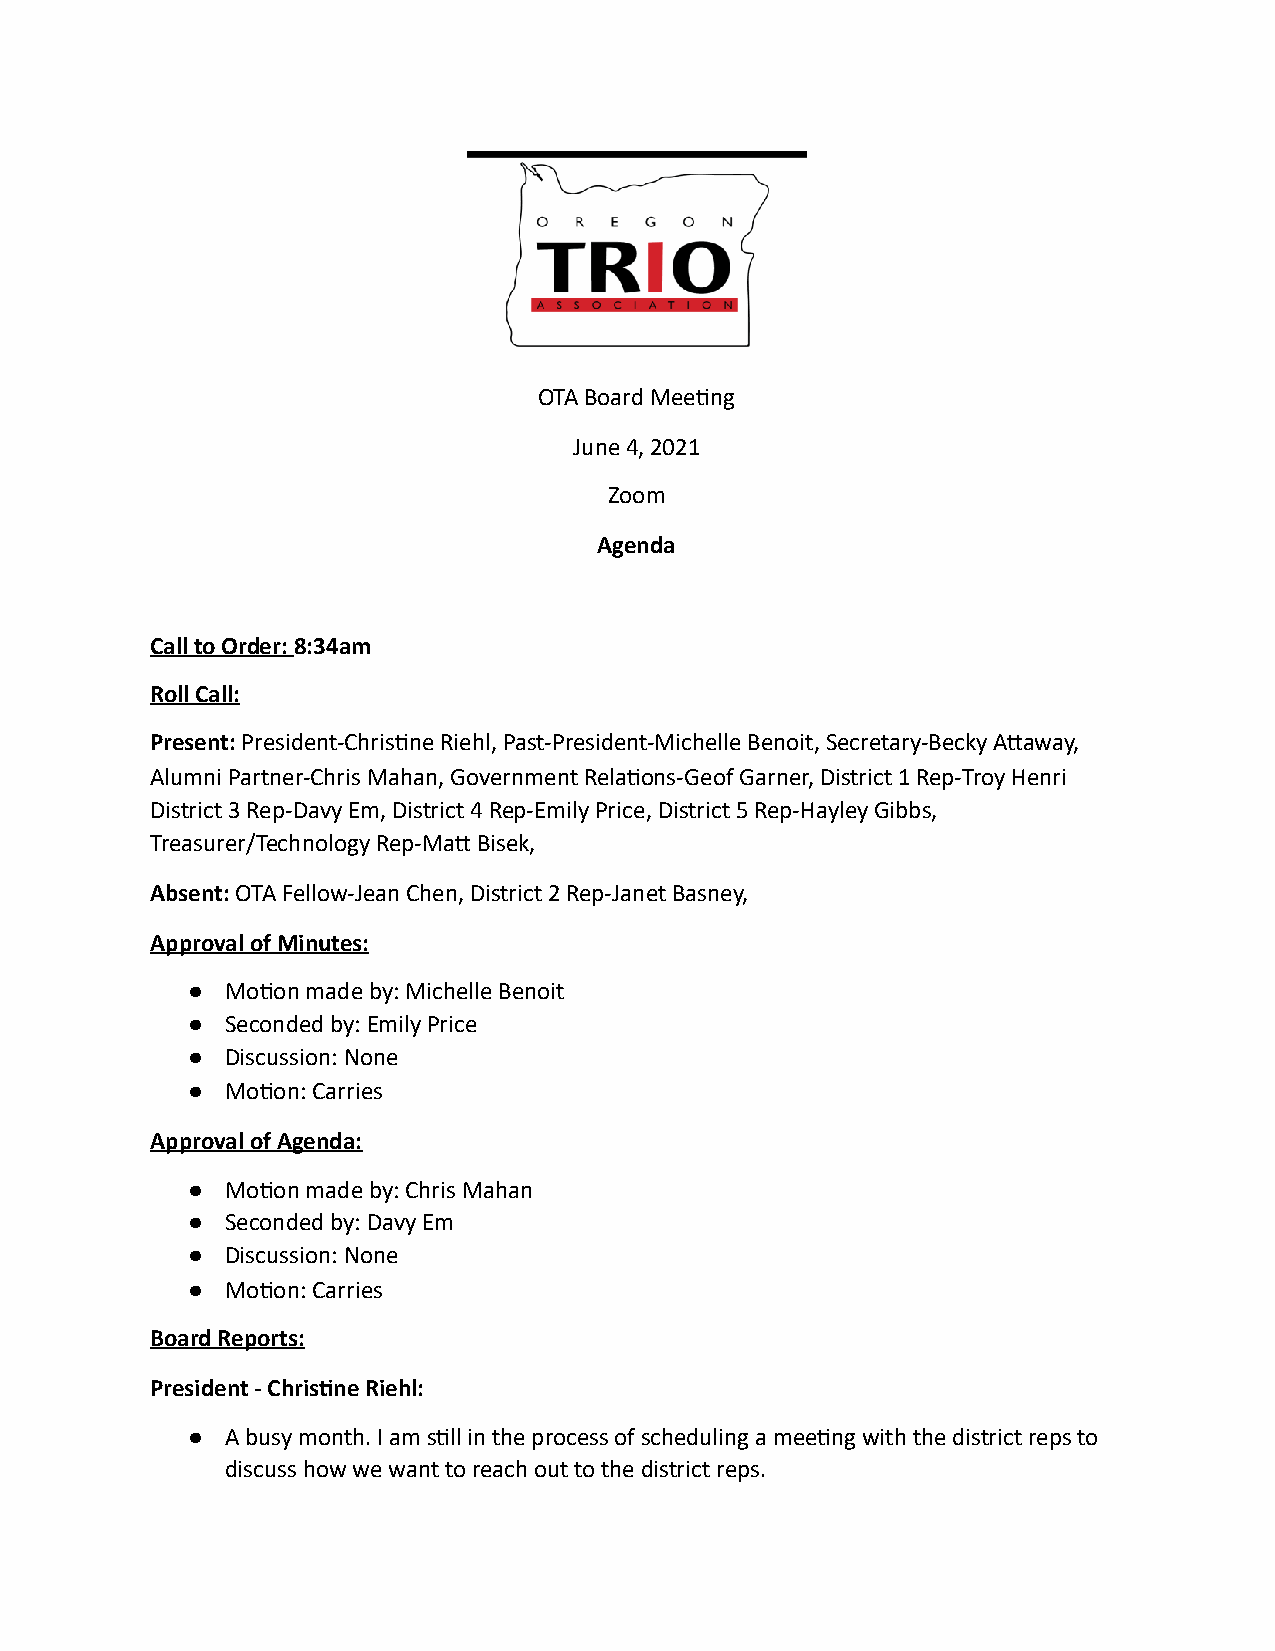
OTA B oard M eeng
 June 4 , 2 021
 Zoom
 Agenda
 Call t o O rder: 8 :34am
 Roll C all:
 Present: P resident-Chrisne R iehl, P ast-President-Michelle B enoit, S ecretary-Becky A away,
 Alumni P artner-Chris M ahan, G overnment R elaons-Geof G arner, D istrict 1 R ep-Troy H enri
 District 3 R ep-Davy E m, D istrict 4 R ep-Emily P rice, D istrict 5 R ep-Hayley G ibbs,
 Treasurer/Technology R ep-Ma B isek,
 Absent: O TA F ellow-Jean C hen, D istrict 2 R ep-Janet B asney,
 Approval o f M inutes:
 ●  Moon m ade b y: M ichelle B enoit
 ●  Seconded b y: E mily P rice
 ●  Discussion: N one
 ●  Moon: C arries
 Approval o f A genda:
 ●  Moon m ade b y: C hris M ahan
 ●  Seconded b y: D avy E m
 ●  Discussion: N one
 ●  Moon: C arries
 Board R eports:
 President - C hrisne R iehl:
 ●  A b usy m onth. I a m s ll i n t he p rocess o f s cheduling a m eeng w ith t he d istrict r eps t o
 discuss h ow w e w ant t o r each o ut t o t he d istrict r eps.